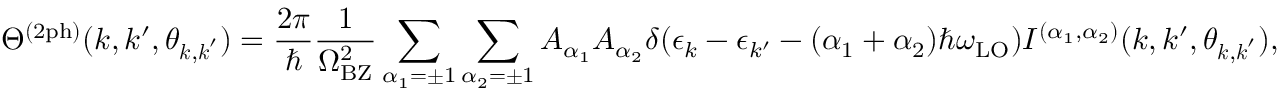
\Theta ^ { ( \mathrm { 2 p h } ) } ( k , k ^ { \prime } , \theta _ { \boldsymbol { k } , \boldsymbol { k } ^ { \prime } } ) = \frac { 2 \pi } { \hbar } \frac { 1 } { \Omega _ { \mathrm { B Z } } ^ { 2 } } \sum _ { \alpha _ { 1 } = \pm 1 } \sum _ { \alpha _ { 2 } = \pm 1 } A _ { \alpha _ { 1 } } A _ { \alpha _ { 2 } } \delta ( \epsilon _ { k } - \epsilon _ { k ^ { \prime } } - ( \alpha _ { 1 } + \alpha _ { 2 } ) \hbar \omega _ { \mathrm { L O } } ) I ^ { ( \alpha _ { 1 } , \alpha _ { 2 } ) } ( k , k ^ { \prime } , \theta _ { \boldsymbol { k } , \boldsymbol { k } ^ { \prime } } ) ,